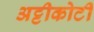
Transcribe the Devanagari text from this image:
अट्टीकोटी